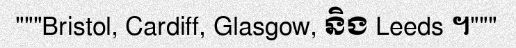
"""Bristol, Cardiff, Glasgow, និង Leeds ។"""